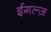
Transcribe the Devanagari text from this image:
ईगल्ज़